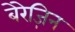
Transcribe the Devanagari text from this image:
बेरेज़िन